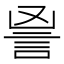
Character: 𧦙